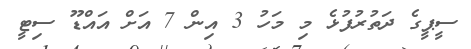
ސީޕީގެ ދަތުރުފުޅެ މި މަހު 3 އިން 7 އަށް އައްޑޫ ސިޓީ